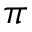
\pi